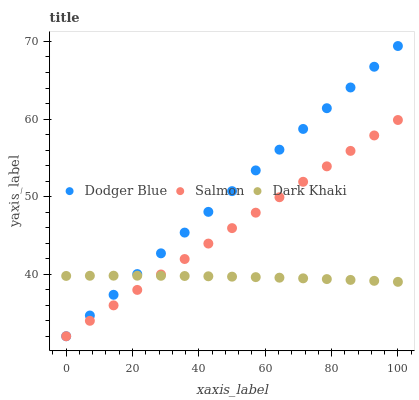
| xaxis_label | Dodger Blue | Salmon | Dark Khaki |
 | --- | --- | --- | --- |
 | 0 | 32 | 32 | 39.8 |
 | 7.14 | 34.7 | 34 | 39.8 |
 | 14.3 | 37.3 | 36 | 39.8 |
 | 21.4 | 40 | 38 | 39.8 |
 | 28.6 | 42.7 | 40 | 39.8 |
 | 35.7 | 45.4 | 42 | 39.8 |
 | 42.9 | 48 | 43.9 | 39.7 |
 | 50 | 50.7 | 45.9 | 39.7 |
 | 57.1 | 53.4 | 47.9 | 39.6 |
 | 64.3 | 56.1 | 49.9 | 39.5 |
 | 71.4 | 58.7 | 51.9 | 39.5 |
 | 78.6 | 61.4 | 53.9 | 39.4 |
 | 85.7 | 64.1 | 55.9 | 39.3 |
 | 92.9 | 66.7 | 57.9 | 39.1 |
 | 100 | 69.4 | 59.9 | 39 |